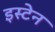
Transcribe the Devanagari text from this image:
इस्टेन